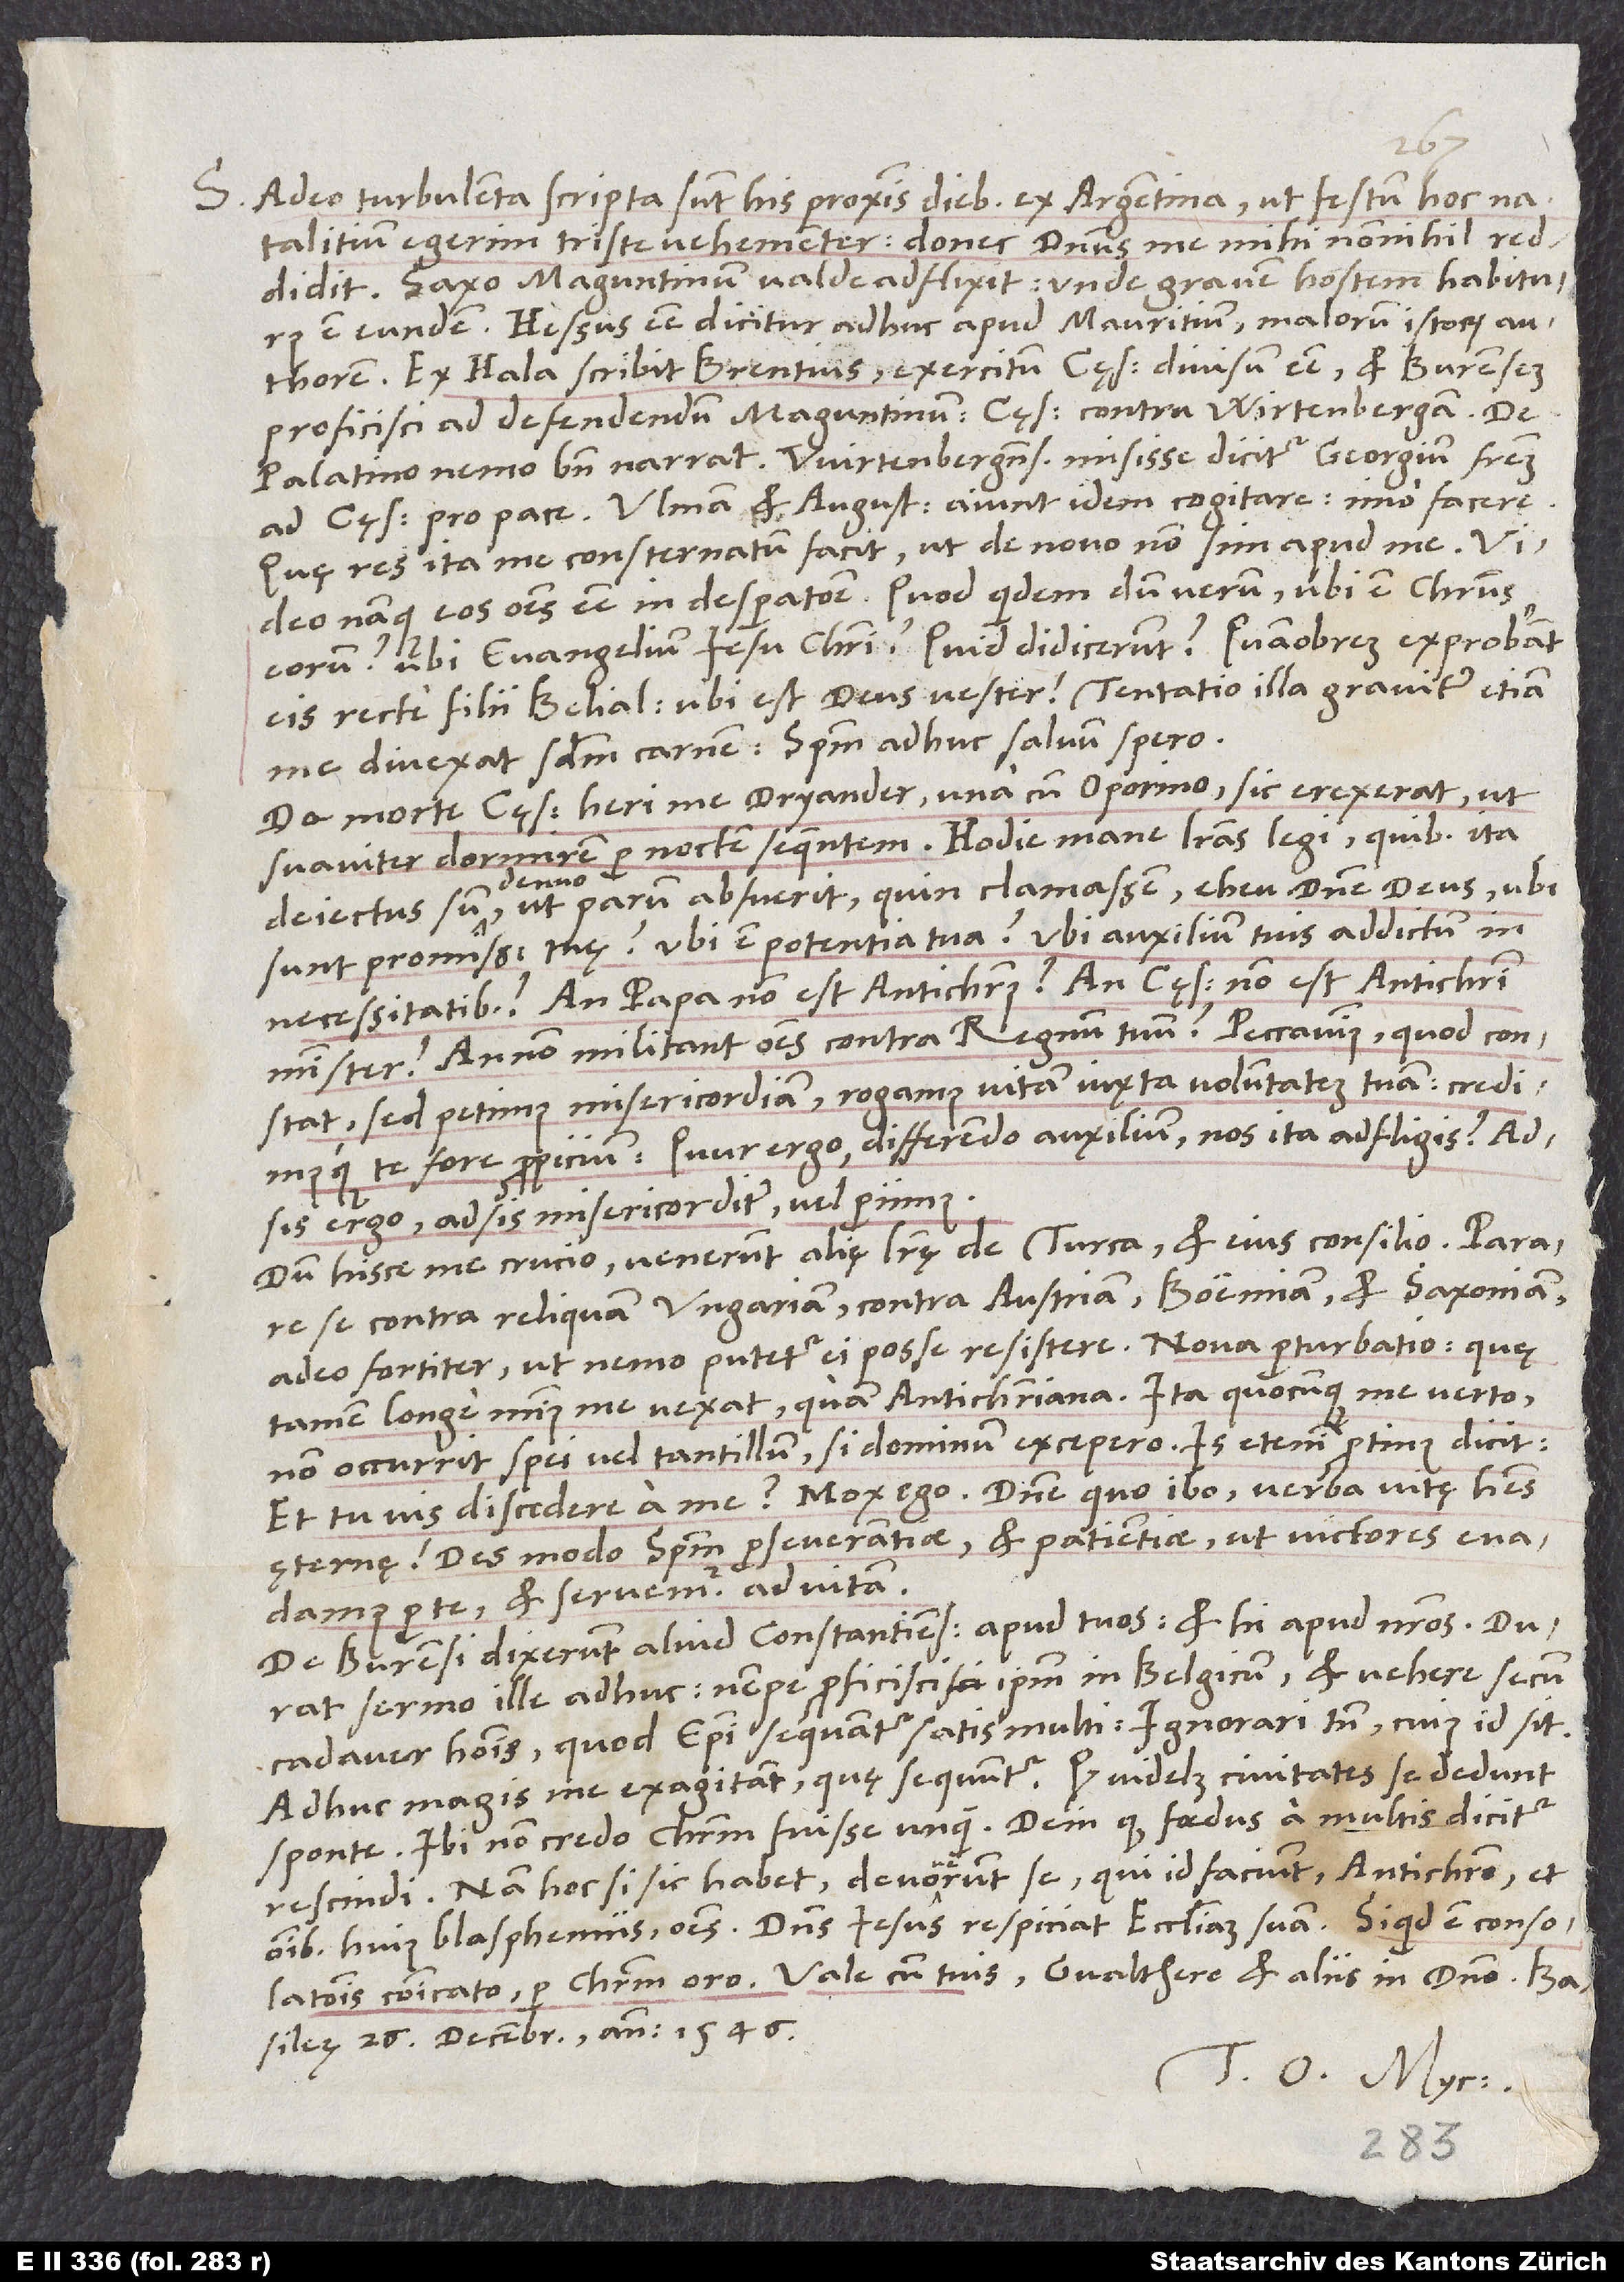
S. Adeo turbulenta scripta sunt his proximis diebus ex Argentina, ut festum hoc
natalitium egerim triste vehementer, donec dominus me mihi nonnihil reddidit.
Saxo Maguntinum valde adflixit, unde gravem hostem habiturus
est eundem. Hessus esse dicitur adhuc apud Mauritium, malorum istorum auth
orem. Ex Hala scribit Brentius exercitum cęsaris divisum esse et Burensem
proficisci ad defendendum Maguntinum, cęsarem contra Wirtenbergam. De
Palatino nemo bene narrat. Wirtenbergensis misisse dicitur Georgium fratrem
ad cęsarem pro pace. Ulmam et Augustam aiunt idem cogitare, imo facere,
quae res ita me consternatum facit, ut de novo non sim apud me. Video
namque eos omnes esse in desperatione, quod quidem dum verum, ubi est Christus
eorum, ubi evangelium Iesu Christi? Quid didicerunt? Quamobrem exprobrant
eis recte filii Belial: „Ubi est deus vester?“ Tentatio illa graviter etiam
me divexat secundum carnem; spiritum adhuc salvum spero.
De morte cęsaris heri me Dryander una cum Oporino sic erexerat, ut
suaviter dormirem per noctem sequentem. Hodie mane literas legi, quibus ita
deiectus sum denuo, ut parum abfuerit, quin clamassem: „Eheu domine deus, ubi
sunt promissiones tuę, ubi est potentia tua, ubi auxilium tuis addictum in
necessitatibus? An papa non est antichristus, an cęsar non est antichristi
minister? Annon militant omnes contra regnum tuum? Peccavimus, quod constat,
sed petimus misericordiam, rogamus vitam iuxta voluntatem tuam credimusque
te fore propicium! Quur ergo differendo auxilium nos ita adfligis? Adsis
ergo, adsis misericorditer, vel periimus!“
Dum hisce me crucio, venerunt alię literę de Turca et eius consilio: Parare
se contra reliquam Ungariam, contra Austriam, Boëmiam et Saxoniam
adeo fortiter, ut nemo putetur ei posse resistere. Nova perturbatio, quę
non occurrit spei vel tantillum, si dominum excepero. Is etenim protinus dicit:
„,Et tu vis discedere a me?’ Mox ego: ,Domine, quo ibo? Verba vitę habes
ęternę!’ Des modo spiritum perseverantiae et patientiae, ut victores evadamus
per te et servemur ad vitam.“
De Burensi dixerunt aliud Constantienses apud tuos et hi apud nostros. Durat
sermo ille adhuc, nempe proficisci ipsum in Belgicum et vehere secum
cadaver hominis, quod episcopi sequantur satis multi. Ignorari tamen, cuius id sit.
Adhuc magis me exagitant, quę sequuntur: quod videlicet civitates se dedunt
sponte (ibi non credo Christum fuisse unquam); dein, quod foedus a multis dicitur
rescindi. Nam hoc, si sic habet, devoverunt se, qui id faciunt, antichristo et
omnibus huius blasphemiis, omnes! Dominus Iesus respiciat ecclesiam suam. Si quid est consolationis,
Basileę, 26. decembris anno 1546.
Tuus O. Myc.